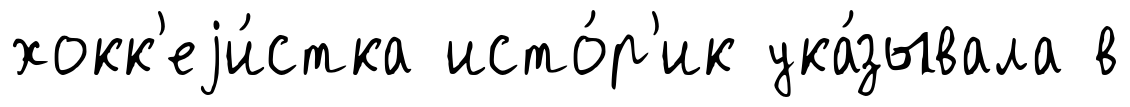
хокк'еjи́стка исто́р'ик ука́зывала в